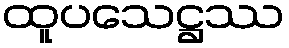
ထူပသေဋ္ဌဿ